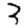
Digit: 3